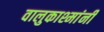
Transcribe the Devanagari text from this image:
वालुकाश्मांनी